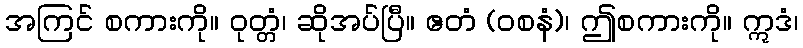
အကြင် စကားကို။ ဝုတ္တံ၊ ဆိုအပ်ပြီ။ ဧတံ (ဝစနံ)၊ ဤစကားကို။ ဣဒံ၊